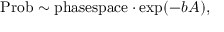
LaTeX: \mathrm { P r o b } \sim \mathrm { p h a s e s p a c e } \cdot \exp ( - b A ) ,